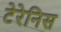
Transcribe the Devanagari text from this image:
टेरेनिस